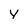
Character: y